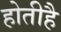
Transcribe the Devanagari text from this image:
होतीहै